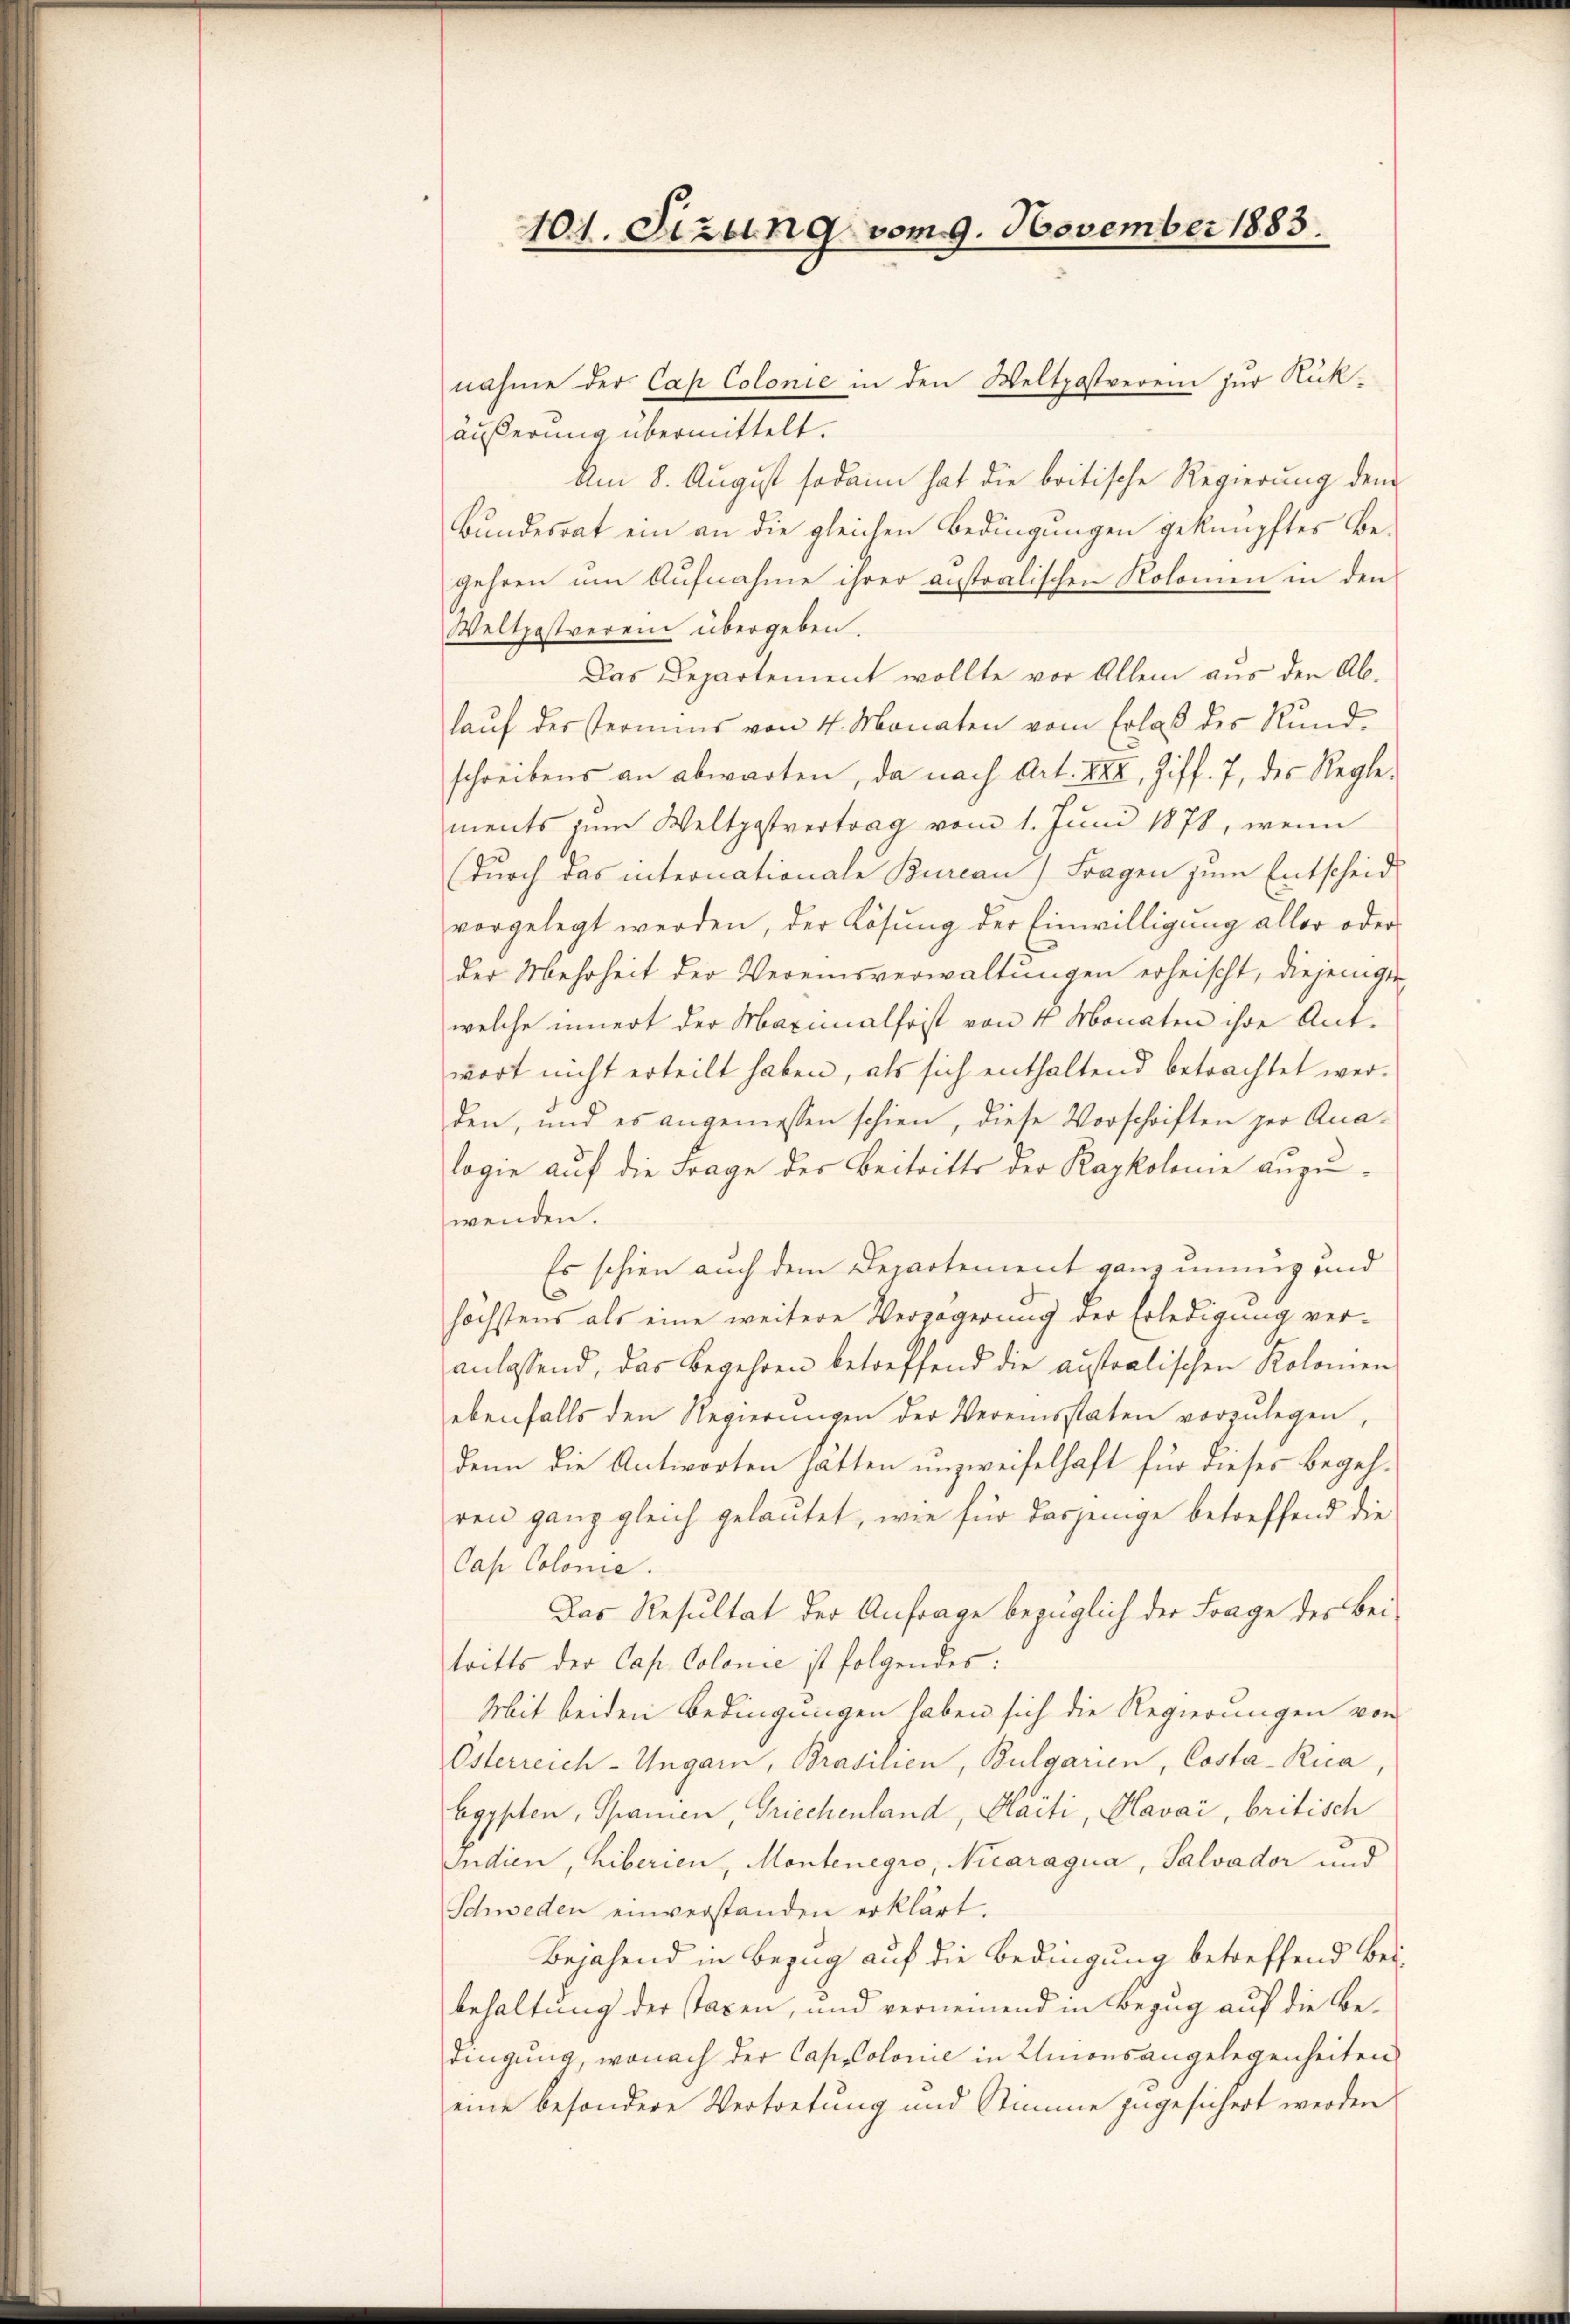
101. Sizung vom 9. November 1883.

nahme der Cap Colonie in den Weltpostverei zur Rück-
äußerung übermittelt.
Am 8. August sodann hat die britische Regierung dem
Bundesrat ein an die gleichen Bedingungen geknüpftes Begehren um Aufnahme ihrer australischen Kolomen in den
Weltpostverei übergeben.
Das Departement wollte vor Allem aus den Ab-
lauf der Termins von 4 Monaten vom Erlaß des Kundschreibens an abwarten, da nach Art. XXII, Ziff. 7, des Regle-
ments zum Weltpostvertrag vom 1. Juni 1878, wenn
durch das internationale Burcan) Fragen zum Entscheid
vorgelegt werden, der Lösung der Einwilligung aller oder
der Mehrheit der Vereinsverwaltungen erheischt, diejenigen
welche innert der Maximalfrist von 4 Monaten ihre Antwort nicht erteilt haben, als sich enthaltend betrachtet wer-
den, und es angemessen schien, diese Vorschriften zur Ana-
logie auf die Frage der Beitritts der Raykolome anzuwenden.
Es schien auch dem Departement ganz unung und
.
höchstens als eine weitere Verzögerung der Erledigung ver-
anlassend, das Begehren betreffend die australischen Kolomen
ebenfalls den Regierŭngen der Vereinsstaten vorzŭlegen,
Denn die Antworten hätten unzweifelhaft für dieses Begehren ganz gleich gelautet, wie für dasjenige betreffend die
Cas Colonia.
Das Resultat der Anfrage bezüglich der Frage des Bei
tritts der Cap. Colonie ist folgendes:
Mit beiden Bedingungen haben sich die Regierungen von
Österreich-Ungarn, Brasilien, Bulgarien, Costa-Rica
bgypten, Spanien, Griechenland, Saiti, Kavai, britisch
Indien, hiberien, Montenegio, Nicaragua, Salvador und
Schweden einverstanden erklärt.
Bejahend in Bezug auf die Bedingung betreffend Beibehaltung der Taxen, und vernemend in Bezug auf die Bedingung, wonach der Cappolonie in Unionsangelegenheiten
eine besondere Vertretung und Stimme zugesichert werden